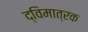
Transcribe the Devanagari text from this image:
द्विमात्रक